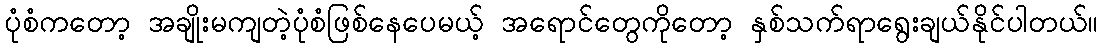
ပုံစံကတော့ အချိုးမကျတဲ့ပုံစံဖြစ်နေပေမယ့် အရောင်တွေကိုတော့ နှစ်သက်ရာရွေးချယ်နိုင်ပါတယ်။